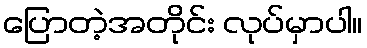
ပြောတဲ့အတိုင်း လုပ်မှာပါ။